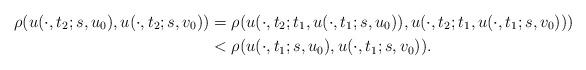
LaTeX: \begin{align*}\rho(u(\cdot,t_2;s,u_0),u(\cdot,t_2;s,v_0))&=\rho(u(\cdot,t_2;t_1,u(\cdot,t_1;s,u_0)),u(\cdot,t_2;t_1,u(\cdot,t_1;s,v_0)))\\&<\rho(u(\cdot,t_1;s,u_0),u(\cdot,t_1;s,v_0)).\end{align*}